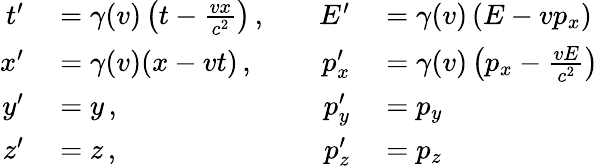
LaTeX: \begin{array}{rlrl}{t^{\prime}}&{{}=\gamma(v)\left(t-{\frac{vx}{c^{2}}}\right)\, ,\quad}&{E^{\prime}}&{{}=\gamma(v)\left(E-vp_{x}\right)}\\ {x^{\prime}}&{{}=\gamma(v)(x-vt)\, ,\quad}&{p_{x}^{\prime}}&{{}=\gamma(v)\left(p_{x}-{\frac{vE}{c^{2}}}\right)}\\ {y^{\prime}}&{{}=y\, ,\quad}&{p_{y}^{\prime}}&{{}=p_{y}}\\ {z^{\prime}}&{{}=z\, ,\quad}&{p_{z}^{\prime}}&{{}=p_{z}}\end{array}